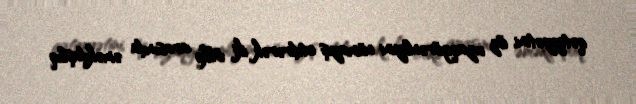
qətiyyətini, öz uzaqgörənliyini nümayiş etdirərək iki ölkə arasında əməkdaşlıq